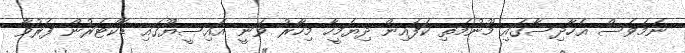
ނަމަވެސް އެހާދިސާގައި މޫނުމަތި ކަފައިން ދިޔަމީހާ މިހާރު ވަނީ އައިސީޔޫގައި ޑޮކްޓަރުން ފަރުވާ